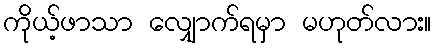
ကိုယ့်ဖာသာ လျှောက်ရမှာ မဟုတ်လား။